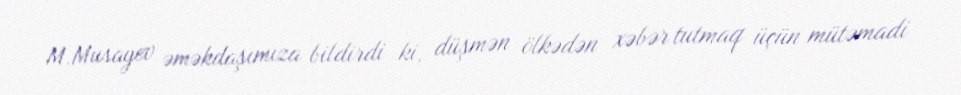
M.Musayev əməkdaşımıza bildirdi ki, düşmən ölkədən xəbər tutmaq üçün mütəmadi